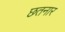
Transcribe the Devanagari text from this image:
छतनार